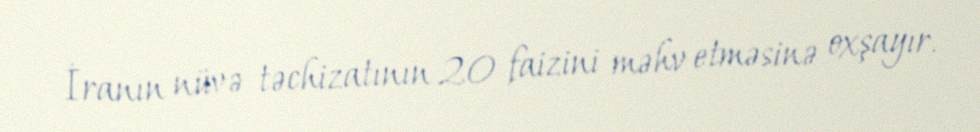
İranın nüvə təchizatının 20 faizini məhv etməsinə oxşayır.